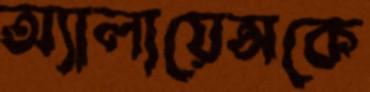
অ্যালায়েন্সকে